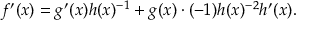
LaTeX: f ^ { \prime } ( x ) = g ^ { \prime } ( x ) h ( x ) ^ { - 1 } + g ( x ) \cdot ( - 1 ) h ( x ) ^ { - 2 } h ^ { \prime } ( x ) .